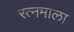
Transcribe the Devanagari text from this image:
रत्‍नमाला